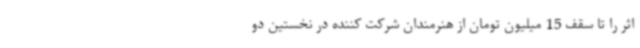
اثر را تا سقف 15 میلیون تومان از هنرمندان شرکت کننده در نخستین دو